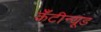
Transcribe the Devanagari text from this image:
कँटीन्यूड